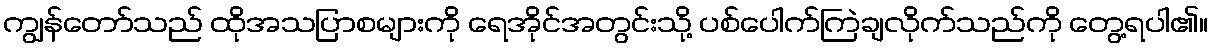
ကျွန်တော်သည် ထိုအသပြာစများကို ရေအိုင်အတွင်းသို့ ပစ်ပေါက်ကြဲချလိုက်သည်ကို တွေ့ရပါ၏။